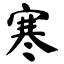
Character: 寒